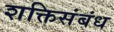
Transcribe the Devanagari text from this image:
शक्तिसंबंध